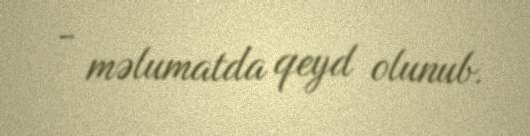
- məlumatda qeyd olunub.